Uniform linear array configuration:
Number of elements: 48
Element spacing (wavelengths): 0.5
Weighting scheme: binomial
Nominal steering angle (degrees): -30
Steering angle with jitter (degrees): -29.043
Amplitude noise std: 0.05
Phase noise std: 0.05

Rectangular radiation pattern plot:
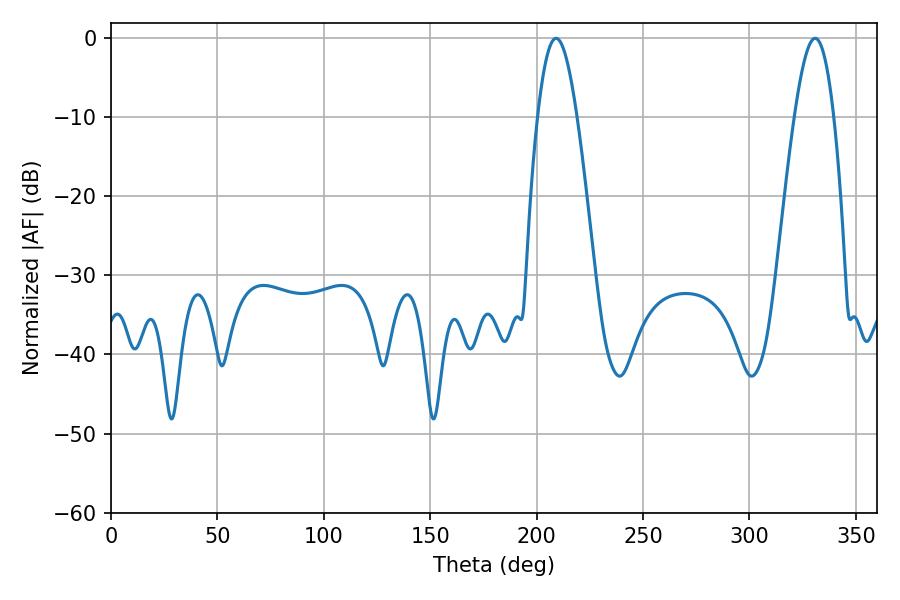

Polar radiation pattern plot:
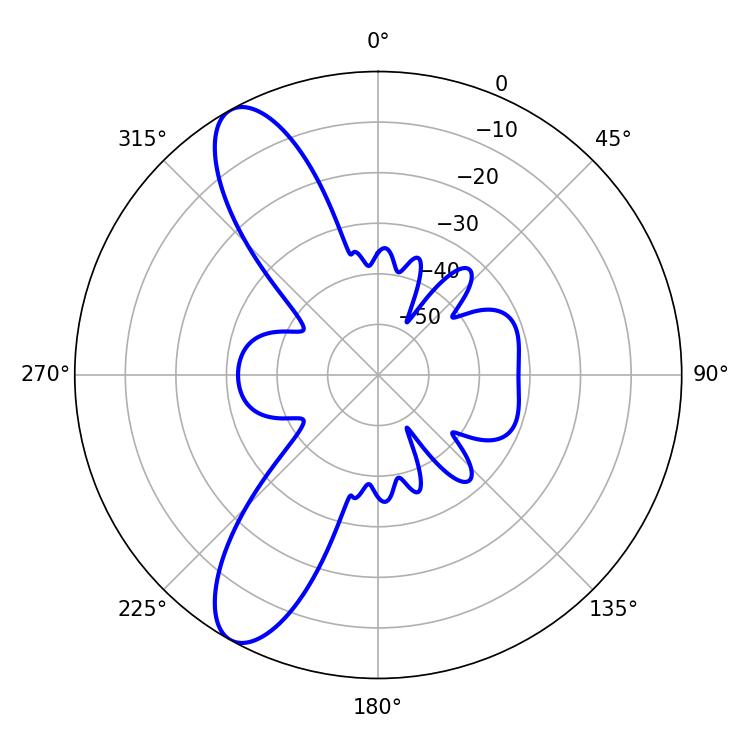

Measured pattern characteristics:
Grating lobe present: FALSE
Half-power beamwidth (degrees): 10.08
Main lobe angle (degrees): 209.16